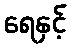
ရေနှင့်